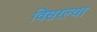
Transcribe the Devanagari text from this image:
विसरल्या